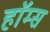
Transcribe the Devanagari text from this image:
हाॅम्स